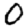
Digit: 0